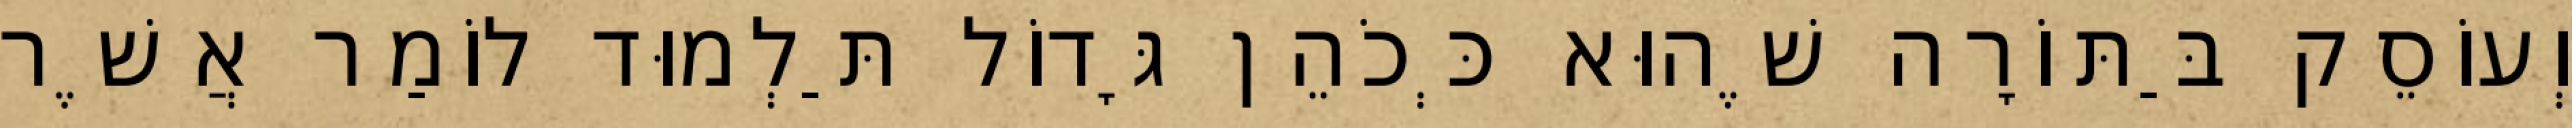
וְעוֹסֵק בַּתּוֹרָה שֶׁהוּא כְּכֹהֵן גָּדוֹל תַּלְמוּד לוֹמַר אֲשֶׁר